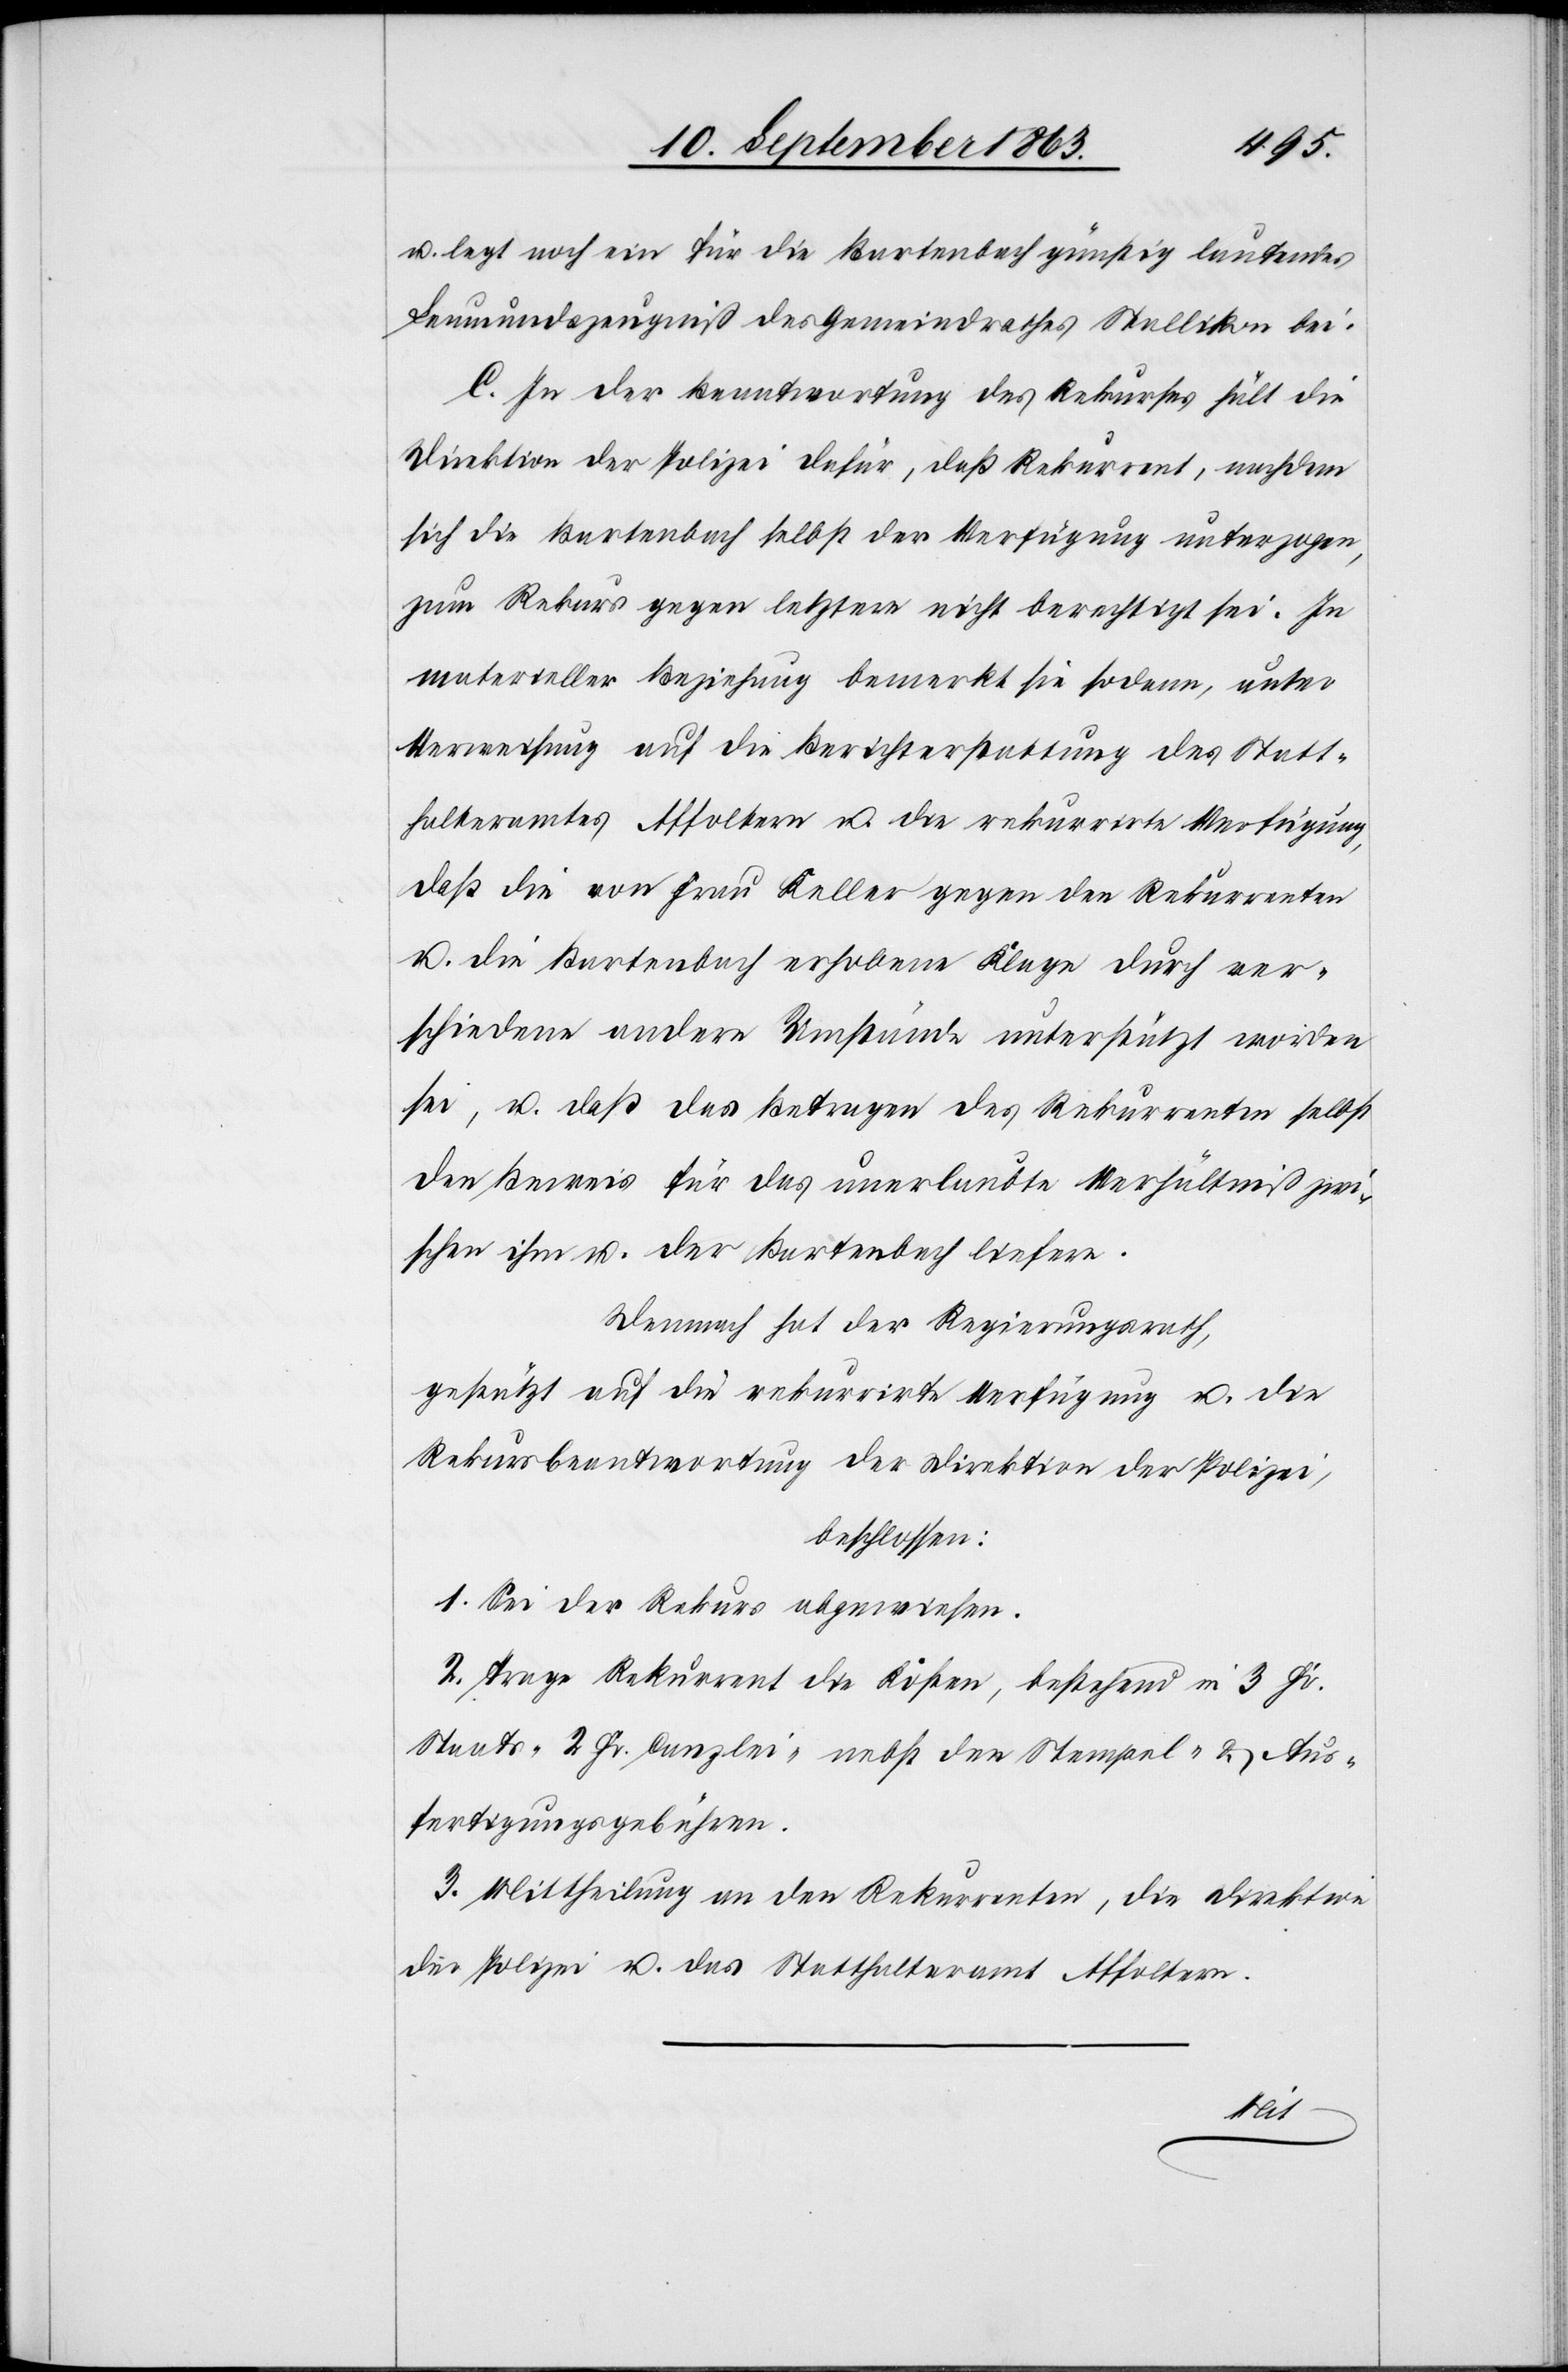
u. legt noch ein für die Bartenbach günstig lautendes
Leumundszeugniß des Gemeindrathes Stallikon bei.
C. In der Beantwortung des Rekurses hält die
Direktion der Polizei dafür, daß Rekurrent, nachdem
sich die Bartenbach selbst der Verfügung unterzogen,
zum Rekurs gegen letztere nicht berechtigt sei. In
materieller Beziehung bemerkt sie sodann, unter
Verweisung auf die Berichterstattung des Statt¬
halteramtes Affoltern u. die rekurrirte Verfügung,
daß die von Frau Keller gegen den Rekurrenten
u. die Bartenbach erhobene Klage durch ver¬
schiedene andere Umstände unterstützt worden
sei, u. daß das Betragen des Rekurrenten selbst
den Beweis für das unerlaubte Verhältniß zwi¬
schen ihm u. der Bartenbach liefere.
Demnach hat der Regierungsrath,
gestützt auf die rekurrirte Verfügung u. die
Rekursbeantwortung der Direktion der Polizei,
beschlossen:
1. Sei der Rekurs abgewiesen.
2. Trage Rekurrent die Kosten, bestehend in 3 Fr.
Staats-[,] 2 Fr. Canzlei- nebst den Stempel- & Aus¬
fertigungsgebühren.
3. Mittheilung an den Rekurrenten, die Direktion
der Polizei u. das Statthalteramt Affoltern.